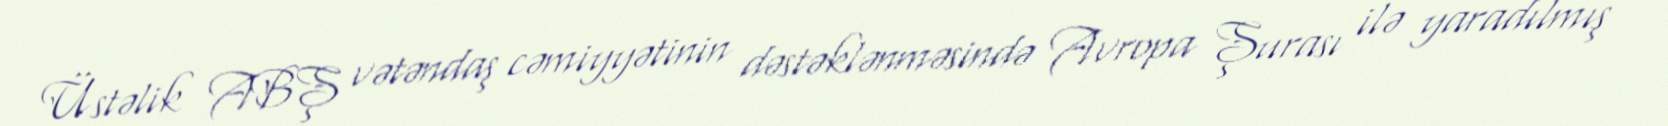
Üstəlik ABŞ vətəndaş cəmiyyətinin dəstəklənməsində Avropa Şurası ilə yaradılmış